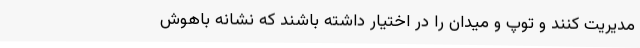
مدیریت کنند و توپ و میدان را در اختیار داشته باشند که نشانه باهوش